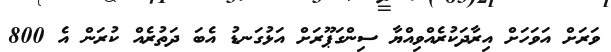
ވަރަށް އަވަހަށް އިރާދަކުރެއްވިއްޔާ ސިންގަޕޫރަށް އަޅުގަނޑު އެބަ ދަތުރެއް ކުރަން އެ 800